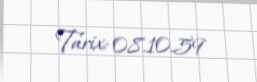
Tarix: 08.10.59